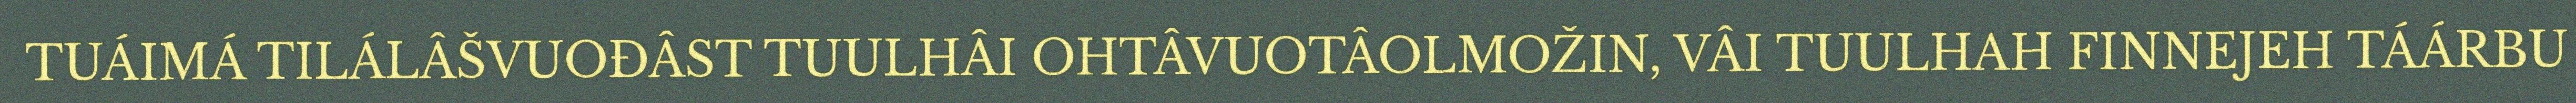
TUÁIMÁ TILÁLÂŠVUOĐÂST TUULHÂI OHTÂVUOTÂOLMOŽIN, VÂI TUULHAH FINNEJEH TÁÁRBU